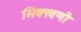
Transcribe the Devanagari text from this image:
भिक्खणी